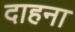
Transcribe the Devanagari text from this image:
दाहना